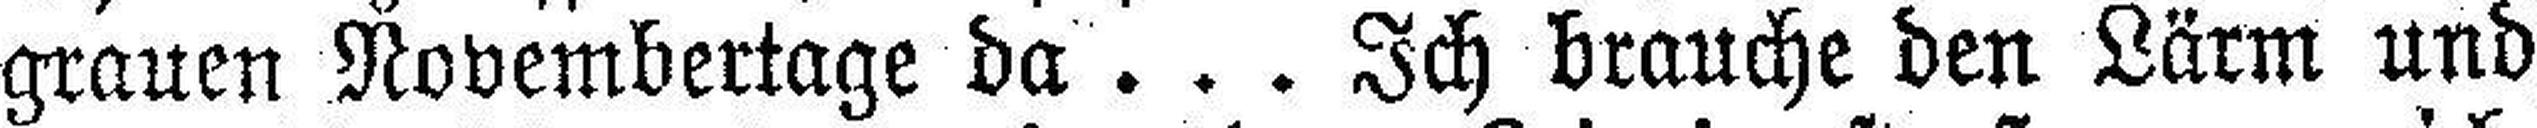
grauen Novembertage da . . . Ich brauche den Lärm und